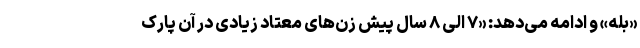
«بله» و ادامه می‌دهد: «۷ الی ۸ سال پیش زن‌های معتاد زیادی در آن پارک